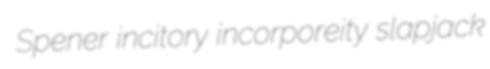
Spener incitory incorporeity slapjack